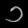
Digit: ၁